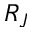
R _ { J }